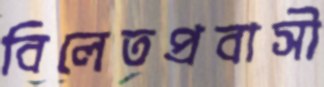
বিলেতপ্রবাসী